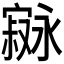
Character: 𫴇